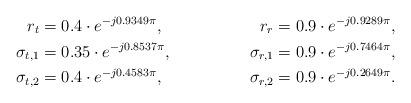
LaTeX: \begin{align*}r_t &= 0.4 \cdot e^{-j0.9349\pi}, &r_r = 0.9 \cdot e^{-j0.9289\pi}, \\\sigma_{t,1} &= 0.35 \cdot e^{-j0.8537\pi}, &\sigma_{r,1} = 0.9 \cdot e^{-j0.7464\pi}, \\\sigma_{t,2} &= 0.4 \cdot e^{-j0.4583\pi}, &\sigma_{r,2} = 0.9 \cdot e^{-j0.2649\pi}.\end{align*}